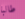
طالبا